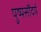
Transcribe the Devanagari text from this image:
पुष्पसौंदर्य